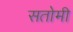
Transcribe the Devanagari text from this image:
सतोमी